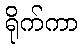
ရိုက်ကာ